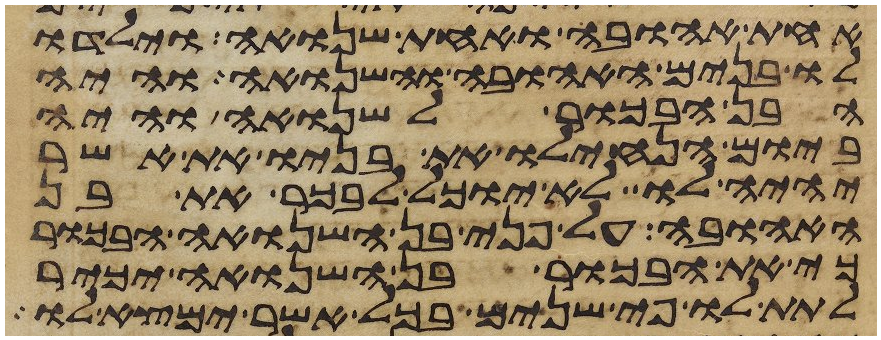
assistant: אחת אהובה ואחת שנואה וילדו
לו בנים האהובה והשנואה והיה
הבן הבכור לשנואה והיה
ביום הנחילו את בניו את אשר
יהיה לו לא יוכל לבכר את בן
האהובה על פני בן השנואה הבכור
כי את הבכור בן השנואה יכיר
לתת לו פי שנים בכל אשר ימצא לו